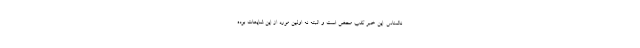
ناشناس. این خبر کذب محض است و البته نه اولین مورد از این شایعات بوده